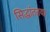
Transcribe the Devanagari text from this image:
सिद्धांततया